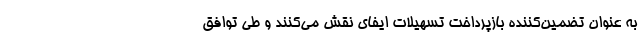
به عنوان تضمین‌کننده بازپرداخت تسهیلات ایفای نقش می‌کنند و طی توافق